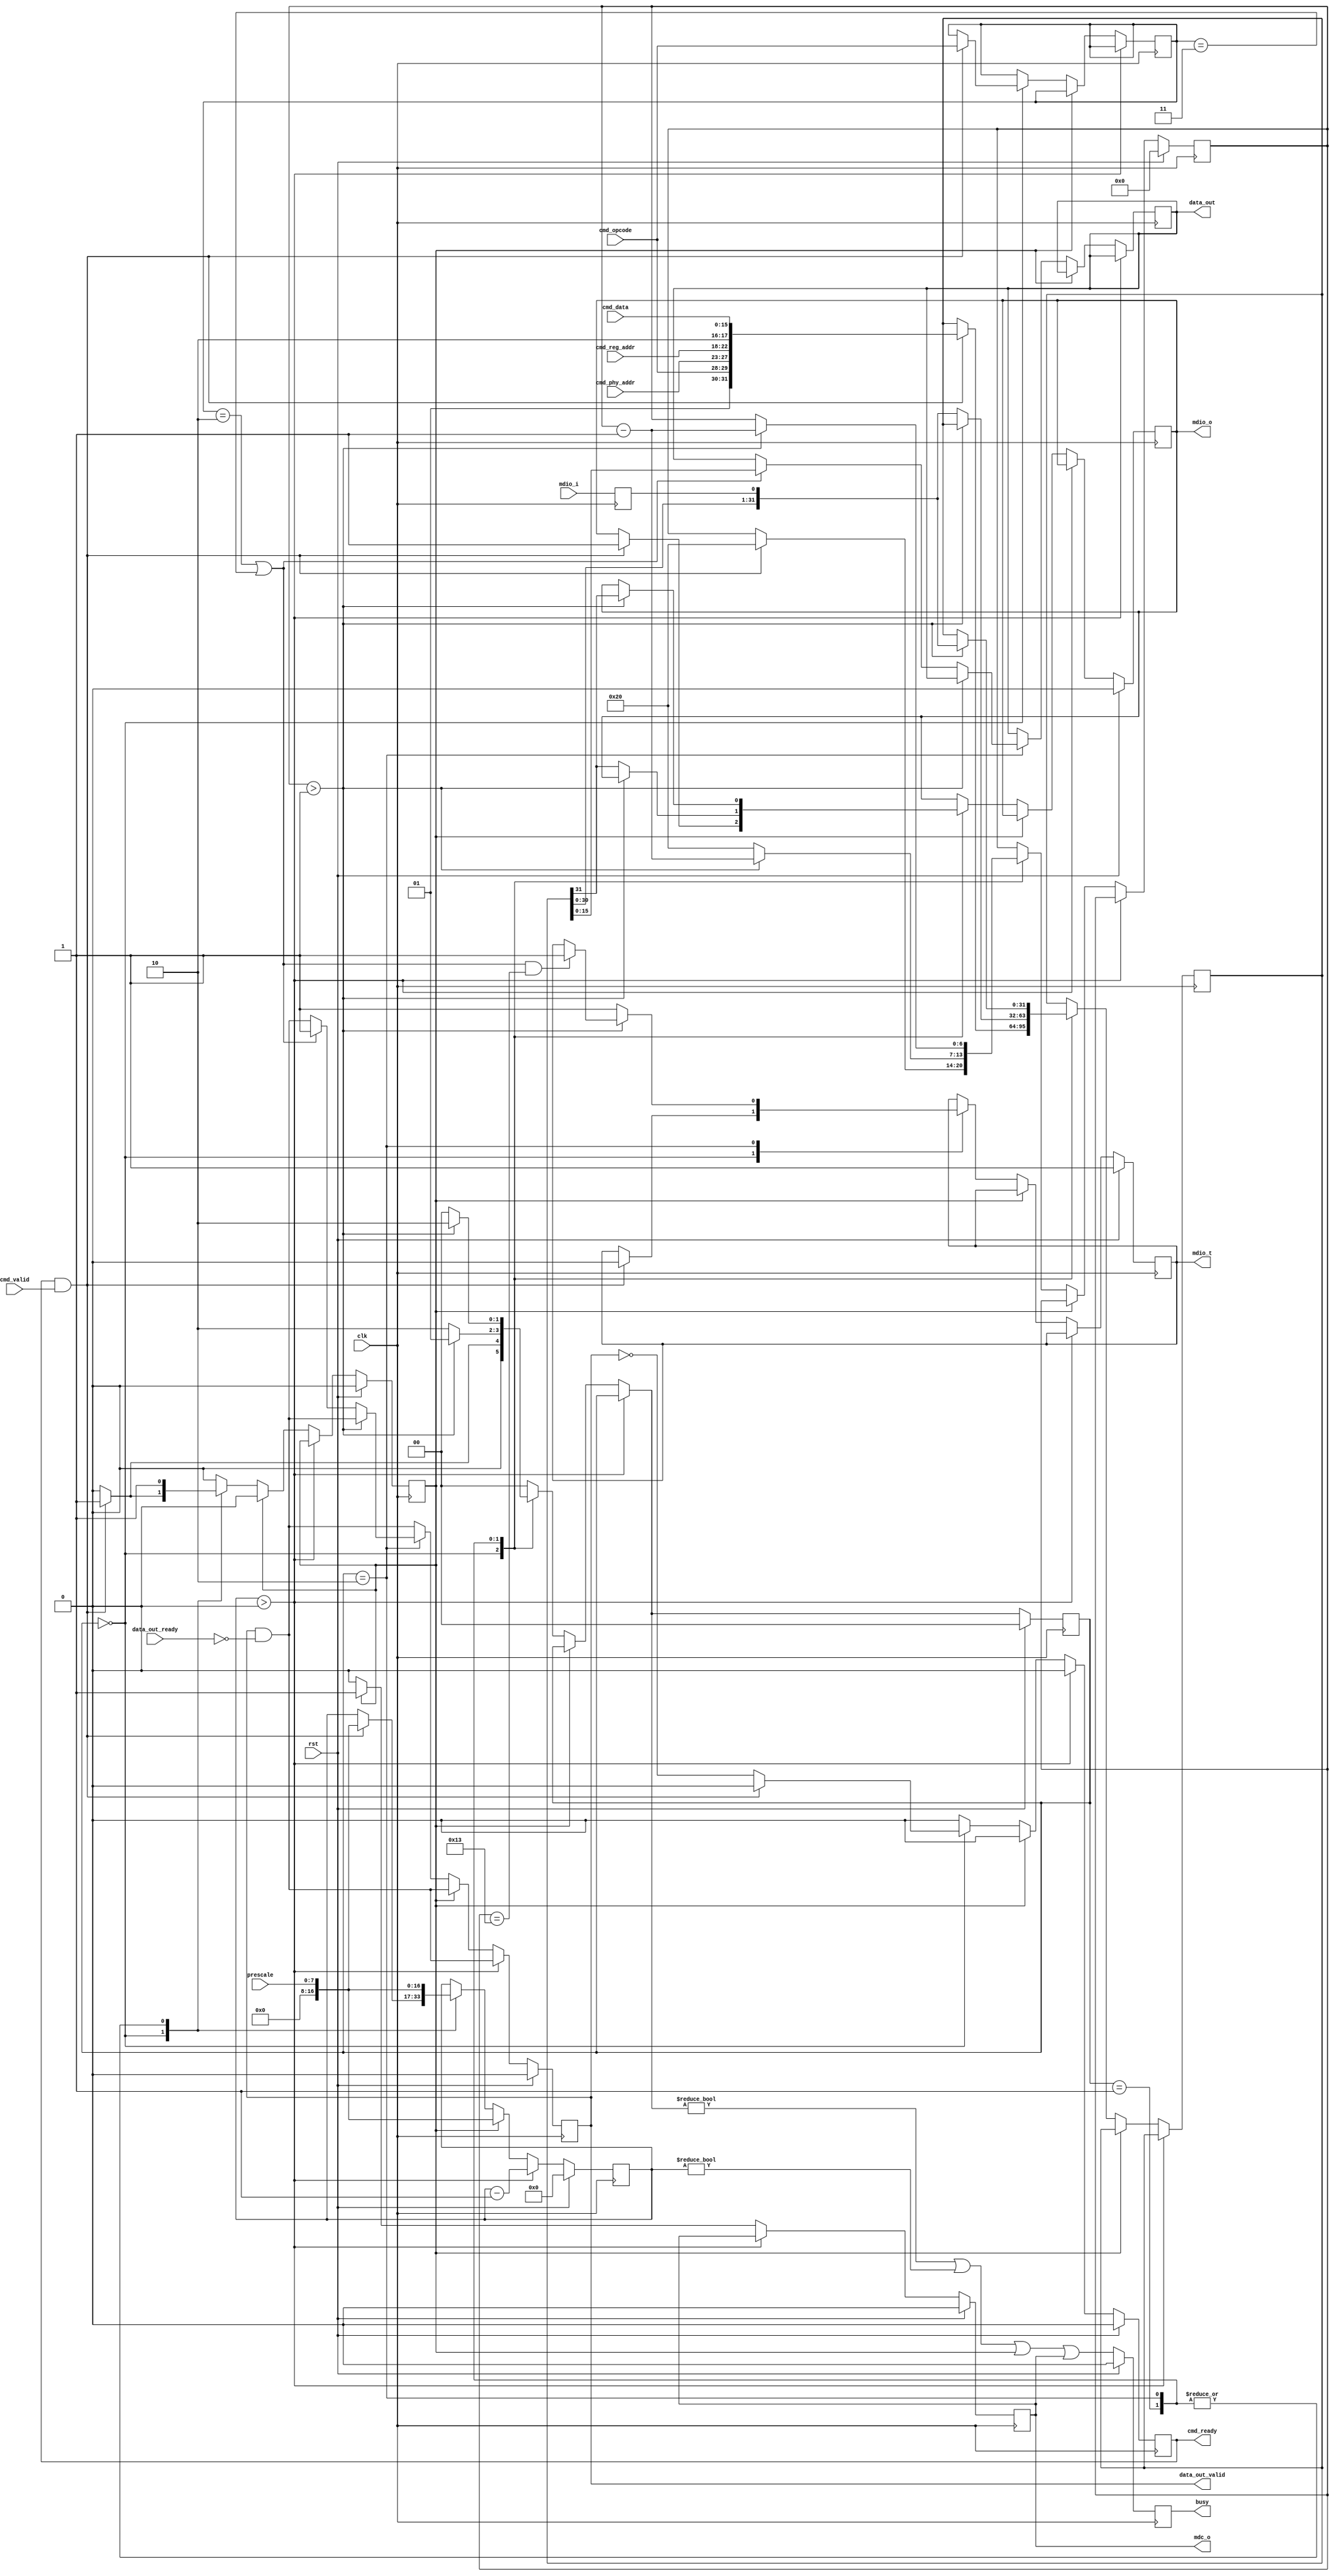
module mdio_master (
    input  wire        clk,
    input  wire        rst,

    /*
     * Host interface
     */
    input  wire [4:0]  cmd_phy_addr,
    input  wire [4:0]  cmd_reg_addr,
    input  wire [15:0] cmd_data,
    input  wire [1:0]  cmd_opcode,
    input  wire        cmd_valid,
    output wire        cmd_ready,

    output wire [15:0] data_out,
    output wire        data_out_valid,
    input  wire        data_out_ready,

    /*
     * MDIO to PHY
     */
    output wire        mdc_o,
    input  wire        mdio_i,
    output wire        mdio_o,
    output wire        mdio_t,

    /*
     * Status
     */
    output wire        busy,

    /*
     * Configuration
     */
    input  wire [7:0]  prescale
);

localparam [1:0]
    STATE_IDLE = 2'd0,
    STATE_PREAMBLE = 2'd1,
    STATE_TRANSFER = 2'd2;

reg [1:0] state_reg = STATE_IDLE, state_next;

reg [16:0] count_reg = 16'd0, count_next;
reg [6:0] bit_count_reg = 6'd0, bit_count_next;
reg cycle_reg = 1'b0, cycle_next;

reg [31:0] data_reg = 32'd0, data_next;

reg [1:0] op_reg = 2'b00, op_next;

reg cmd_ready_reg = 1'b0, cmd_ready_next;

reg [15:0] data_out_reg = 15'd0, data_out_next;
reg data_out_valid_reg = 1'b0, data_out_valid_next;

reg mdio_i_reg = 1'b1;

reg mdc_o_reg = 1'b0, mdc_o_next;
reg mdio_o_reg = 1'b0, mdio_o_next;
reg mdio_t_reg = 1'b1, mdio_t_next;

reg busy_reg = 1'b0;

assign cmd_ready = cmd_ready_reg;

assign data_out = data_out_reg;
assign data_out_valid = data_out_valid_reg;

assign mdc_o = mdc_o_reg;
assign mdio_o = mdio_o_reg;
assign mdio_t = mdio_t_reg;

assign busy = busy_reg;

always @* begin
    state_next = STATE_IDLE;

    count_next = count_reg;
    bit_count_next = bit_count_reg;
    cycle_next = cycle_reg;

    data_next = data_reg;

    op_next = op_reg;

    cmd_ready_next = 1'b0;

    data_out_next = data_out_reg;
    data_out_valid_next = data_out_valid_reg & ~data_out_ready;

    mdc_o_next = mdc_o_reg;
    mdio_o_next = mdio_o_reg;
    mdio_t_next = mdio_t_reg;

    if (count_reg > 16'd0) begin
        count_next = count_reg - 16'd1;
        state_next = state_reg;
    end else if (cycle_reg) begin
        cycle_next = 1'b0;
        mdc_o_next = 1'b1;
        count_next = prescale;
        state_next = state_reg;
    end else begin
        mdc_o_next = 1'b0;
        case (state_reg)
            STATE_IDLE: begin
                // idle - accept new command
                cmd_ready_next = ~data_out_valid;

                if (cmd_ready & cmd_valid) begin
                    cmd_ready_next = 1'b0;
                    data_next = {2'b01, cmd_opcode, cmd_phy_addr, cmd_reg_addr, 2'b10, cmd_data};
                    op_next = cmd_opcode;
                    mdio_t_next = 1'b0;
                    mdio_o_next = 1'b1;
                    bit_count_next = 6'd32;
                    cycle_next = 1'b1;
                    count_next = prescale;
                    state_next = STATE_PREAMBLE;
                end else begin
                    state_next = STATE_IDLE;
                end
            end
            STATE_PREAMBLE: begin
                cycle_next = 1'b1;
                count_next = prescale;
                if (bit_count_reg > 6'd1) begin
                    bit_count_next = bit_count_reg - 6'd1;
                    state_next = STATE_PREAMBLE;
                end else begin
                    bit_count_next = 6'd32;
                    {mdio_o_next, data_next} = {data_reg, mdio_i_reg};
                    state_next = STATE_TRANSFER;
                end
            end
            STATE_TRANSFER: begin
                cycle_next = 1'b1;
                count_next = prescale;
                if ((op_reg == 2'b10 || op_reg == 2'b11) && bit_count_reg == 6'd19) begin
                    mdio_t_next = 1'b1;
                end
                if (bit_count_reg > 6'd1) begin
                    bit_count_next = bit_count_reg - 6'd1;
                    {mdio_o_next, data_next} = {data_reg, mdio_i_reg};
                    state_next = STATE_TRANSFER;
                end else begin
                    if (op_reg == 2'b10 || op_reg == 2'b11) begin
                        data_out_next = data_reg[15:0];
                        data_out_valid_next = 1'b1;
                    end
                    mdio_t_next = 1'b1;
                    state_next = STATE_IDLE;
                end
            end
        endcase
    end
end

always @(posedge clk) begin
    if (rst) begin
        state_reg <= STATE_IDLE;
        count_reg <= 16'd0;
        bit_count_reg <= 6'd0;
        cycle_reg <= 1'b0;
        cmd_ready_reg <= 1'b0;
        data_out_valid_reg <= 1'b0;
        mdc_o_reg <= 1'b0;
        mdio_o_reg <= 1'b0;
        mdio_t_reg <= 1'b1;
        busy_reg <= 1'b0;
    end else begin
        state_reg <= state_next;
        count_reg <= count_next;
        bit_count_reg <= bit_count_next;
        cycle_reg <= cycle_next;
        cmd_ready_reg <= cmd_ready_next;
        data_out_valid_reg <= data_out_valid_next;
        mdc_o_reg <= mdc_o_next;
        mdio_o_reg <= mdio_o_next;
        mdio_t_reg <= mdio_t_next;
        busy_reg <= (state_next != STATE_IDLE || count_reg != 0 || cycle_reg || mdc_o);
    end

    data_reg <= data_next;
    op_reg <= op_next;

    data_out_reg <= data_out_next;

    mdio_i_reg <= mdio_i;
end

endmodule